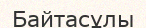
Байтасұлы